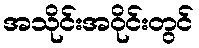
အသိုင်းအဝိုင်းတွင်